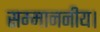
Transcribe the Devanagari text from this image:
सम्माननीय।